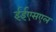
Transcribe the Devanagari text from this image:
ईईएसएल